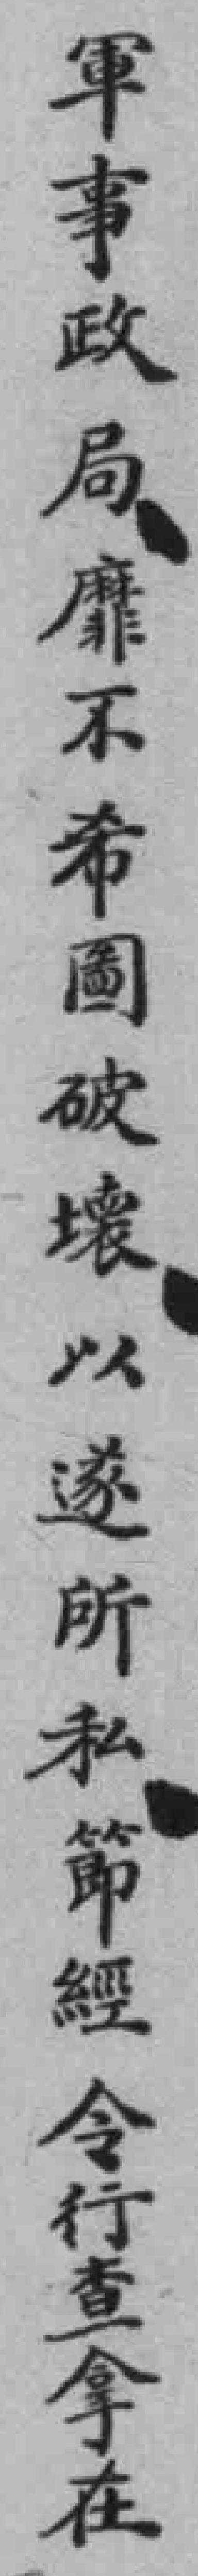
軍事政局靡不希圖破壞以遂所私節經令行查拿在